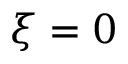
\xi = 0